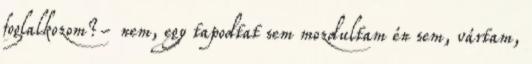
foglalkozom?- nem, egy tapodtat sem mozdultam én sem, vártam,